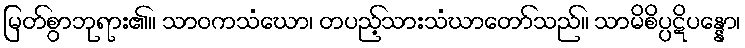
မြတ်စွာဘုရား၏။ သာဝကသံဃော၊ တပည့်သားသံဃာတော်သည်။ သာမိစိပ္ပဋိပန္နော၊